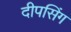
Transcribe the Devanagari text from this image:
दीपसिंग